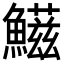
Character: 𩼑